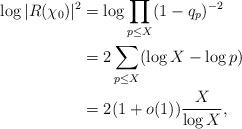
LaTeX: \begin{align*} \log |R(\chi_0)|^2 & = \log\prod_{p\leq X} (1-q_p)^{-2} \\& = 2 \sum_{p \leq X} (\log X - \log p) \\& = 2(1+o(1))\frac{X}{\log X},\end{align*}